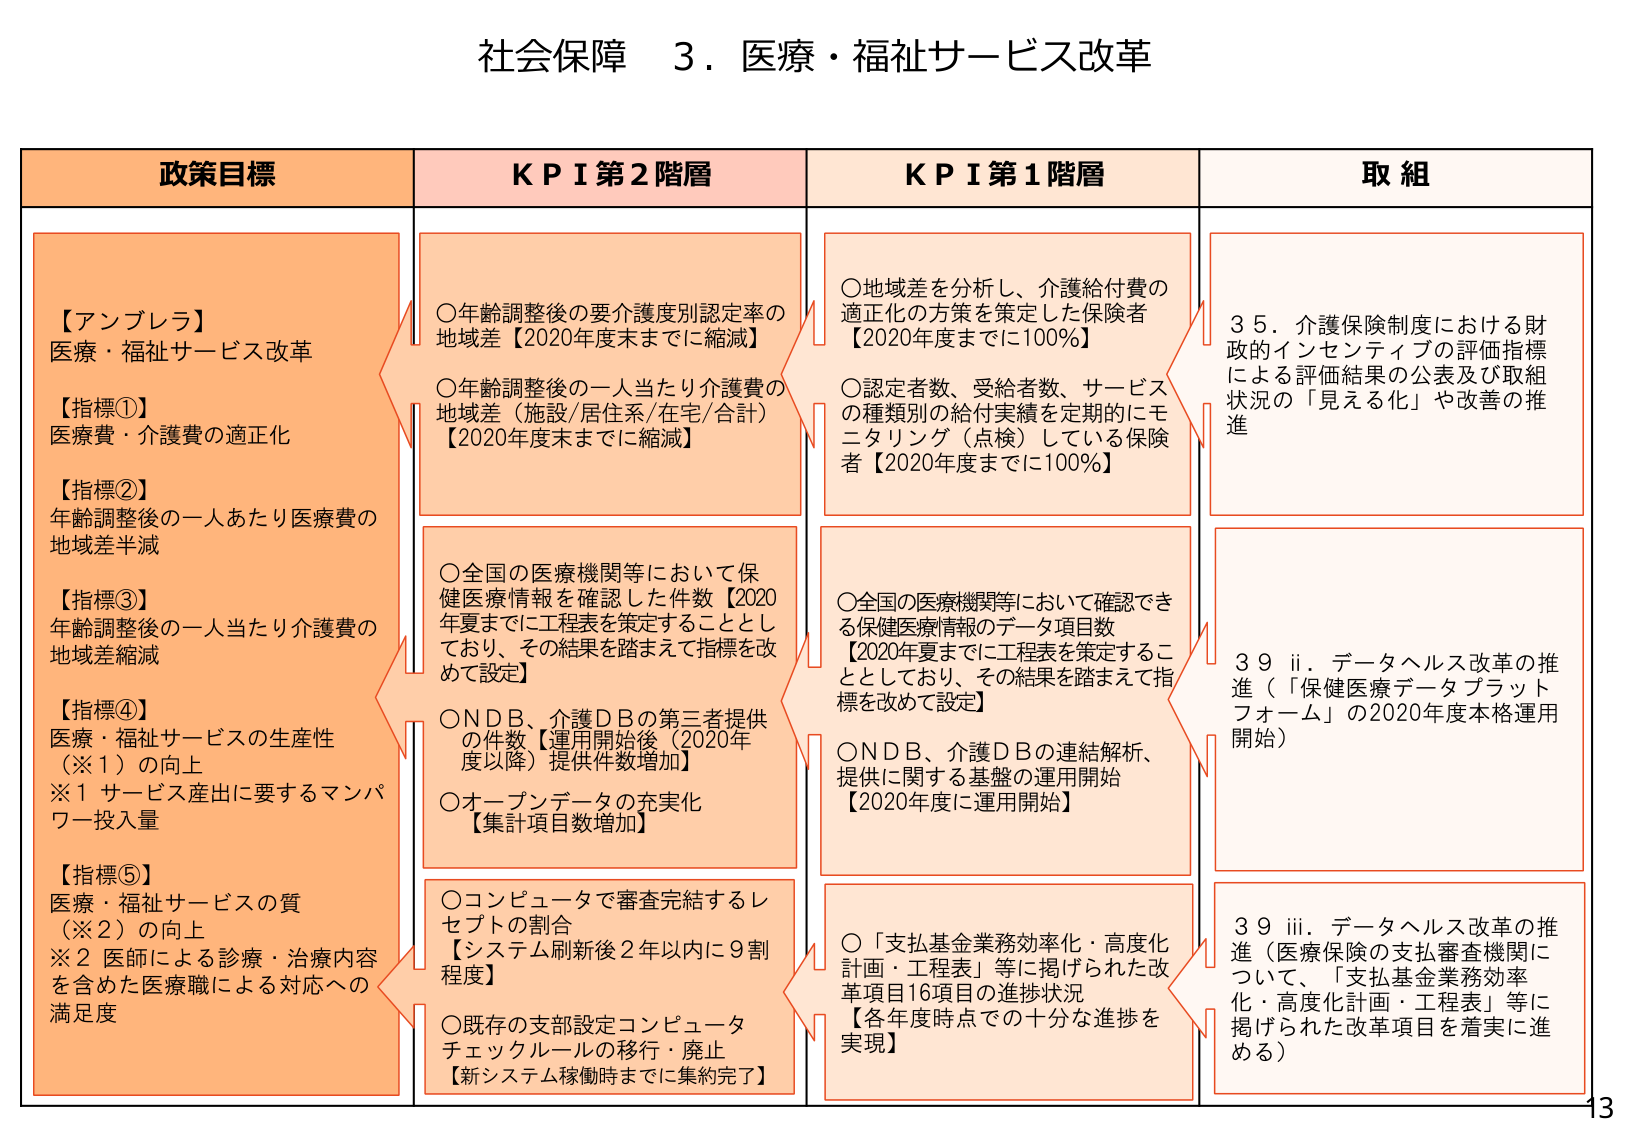
社会保障 ３．医療・福祉サービス改革

政策目標
【アンブレラ】
医療・福祉サービス改革
【指標①】
医療費・介護費の適正化
【指標②】
年齢調整後の一人あたり医療費の
地域差半減
【指標③】
年齢調整後の一人当たり介護費の
地域差縮減
【指標④】
医療・福祉サービスの生産性
（※１）の向上
※１ サービス産出に要するマンパ
ワー投入量
【指標⑤】
医療・福祉サービスの質
（※２）の向上
※２ 医師による診療・治療内容
を含めた医療職による対応への
満足度

ＫＰＩ第２階層
○年齢調整後の要介護度別認定率の
地域差【2020年度末までに縮減】
○年齢調整後の一人大当たり介護費の
地域差（施設/居住系/在宅/合計）
【2020年度末までに縮減】
○全国の医療機関等において保
健医療情報を確認した件数【2020
年夏までに工程表を策定することとし
ており、その結果を踏まえて指標を改
めて設定】
○ＮＤＢ、介護ＤＢの第三者提供
の件数【運用開始後（2020年
度以降）提供件数増加】
○オープンデータの充実化
【集計項目数増加】
○コンピュータで審査完結するレ
セプトの割合
【システム刷新後２年以内に９割
程度】
○既存の支部設定コンピュータ
チェックルールの移行・廃止
【新システム稼働時までに集約完了】

ＫＰＩ第１階層
○地域差を分析し、介護給付費の
適正化の方策を策定した保険者
【2020年度までに100％】
○認定者数、受給者数、サービス
の種類別の給付実績を定期的にモ
ニタリング（点検）している保険
者【2020年度までに100％】
○全国の医療機関等において確認でき
る保健医療情報のデータ項目数
【2020年夏までに工程表を策定するこ
ととしており、その結果を踏まえて指
標を改めて設定】
○ＮＤＢ、介護ＤＢの連結解析、
提供に関する基盤の運用開始
【2020年度に運用開始】
○「支払基金業務効率化・高度化
計画・工程表」等に掲げられた改
革項目16項目の進捗状況
【各年度時点での十分な進捗を
実現】

取組
３５．介護保険制度における財
政的インセンティブの評価指標
による評価結果の公表及び取組
状況の「見える化」や改善の推
進
３９ ⅱ．データヘルス改革の推
進（「保健医療データプラット
フォーム」の2020年度本格運用
開始）
３９ ⅲ．データヘルス改革の推
進（医療保険の支払審査機関に
ついて、「支払基金業務効率
化・高度化計画・工程表」等に
掲げられた改革項目を着実に進
める）

13